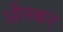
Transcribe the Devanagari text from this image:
औस्कर